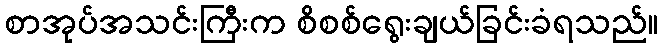
စာအုပ်အသင်းကြီးက စိစစ်ရွေးချယ်ခြင်းခံရသည်။